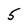
Character: 5